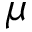
\mu